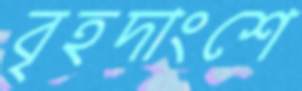
বৃহদাংশে